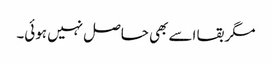
مگر بقا اسے بھی حاصل نہیں ہوئی۔